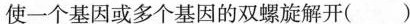
使一个基因或多个基因的双螺旋解开（）